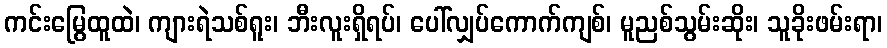
ကင်းမြွေထူထဲ၊ ကျားရဲသစ်ရူး၊ ဘီးလူးရှိရပ်၊ ပေါ်လျှပ်ကောက်ကျစ်၊ မူညစ်သွမ်းဆိုး၊ သူခိုးဖမ်းရာ၊